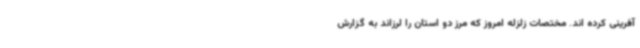
آفرینی کرده اند. مختصات زلزله امروز که مرز دو استان را لرزاند به گزارش